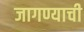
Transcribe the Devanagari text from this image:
जागण्याची